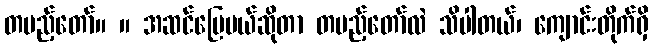
တပည့်တော်။ ။ အဆင်ပြေမယ်ဆိုတာ တပည့်တော်လဲ သိပါတယ်၊ ကျောင်းတိုက်ရှိ